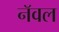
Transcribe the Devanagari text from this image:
नॅवल